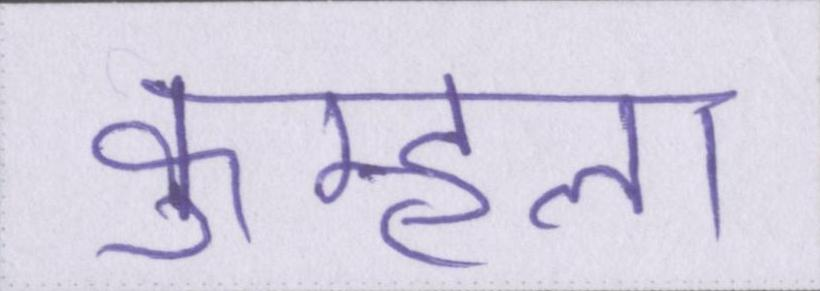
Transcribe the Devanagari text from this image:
कुम्हला